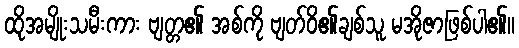
ထိုအမျိုးသမီးကား ဗျတ္တ၏ အစ်ကို ဗျတ်ဝိ၏ချစ်သူ မအိုဇာဖြစ်ပါ၏။